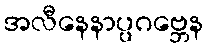
အလီနေနာပ္ပဂဗ္ဘေန